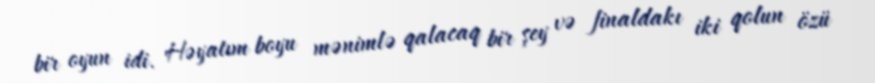
bir oyun idi. Həyatım boyu mənimlə qalacaq bir şey və finaldakı iki qolun özü